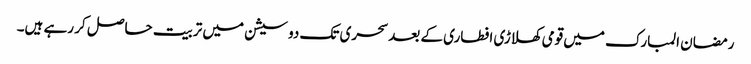
رمضان المبارک میں قومی کھلاڑی افطاری کے بعد سحری تک دو سیشن میں تربیت حاصل کر رہے ہیں۔